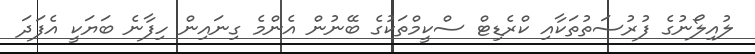
ލުއިލޯނުގެ ފުރުސަތުތަކާއި ކްރެޑިޓް ސްކީމްތަކުގެ ބޭނުން އެންމެ ގިނައިން ހިފާނެ ބަޔަކީ އެފަދަ